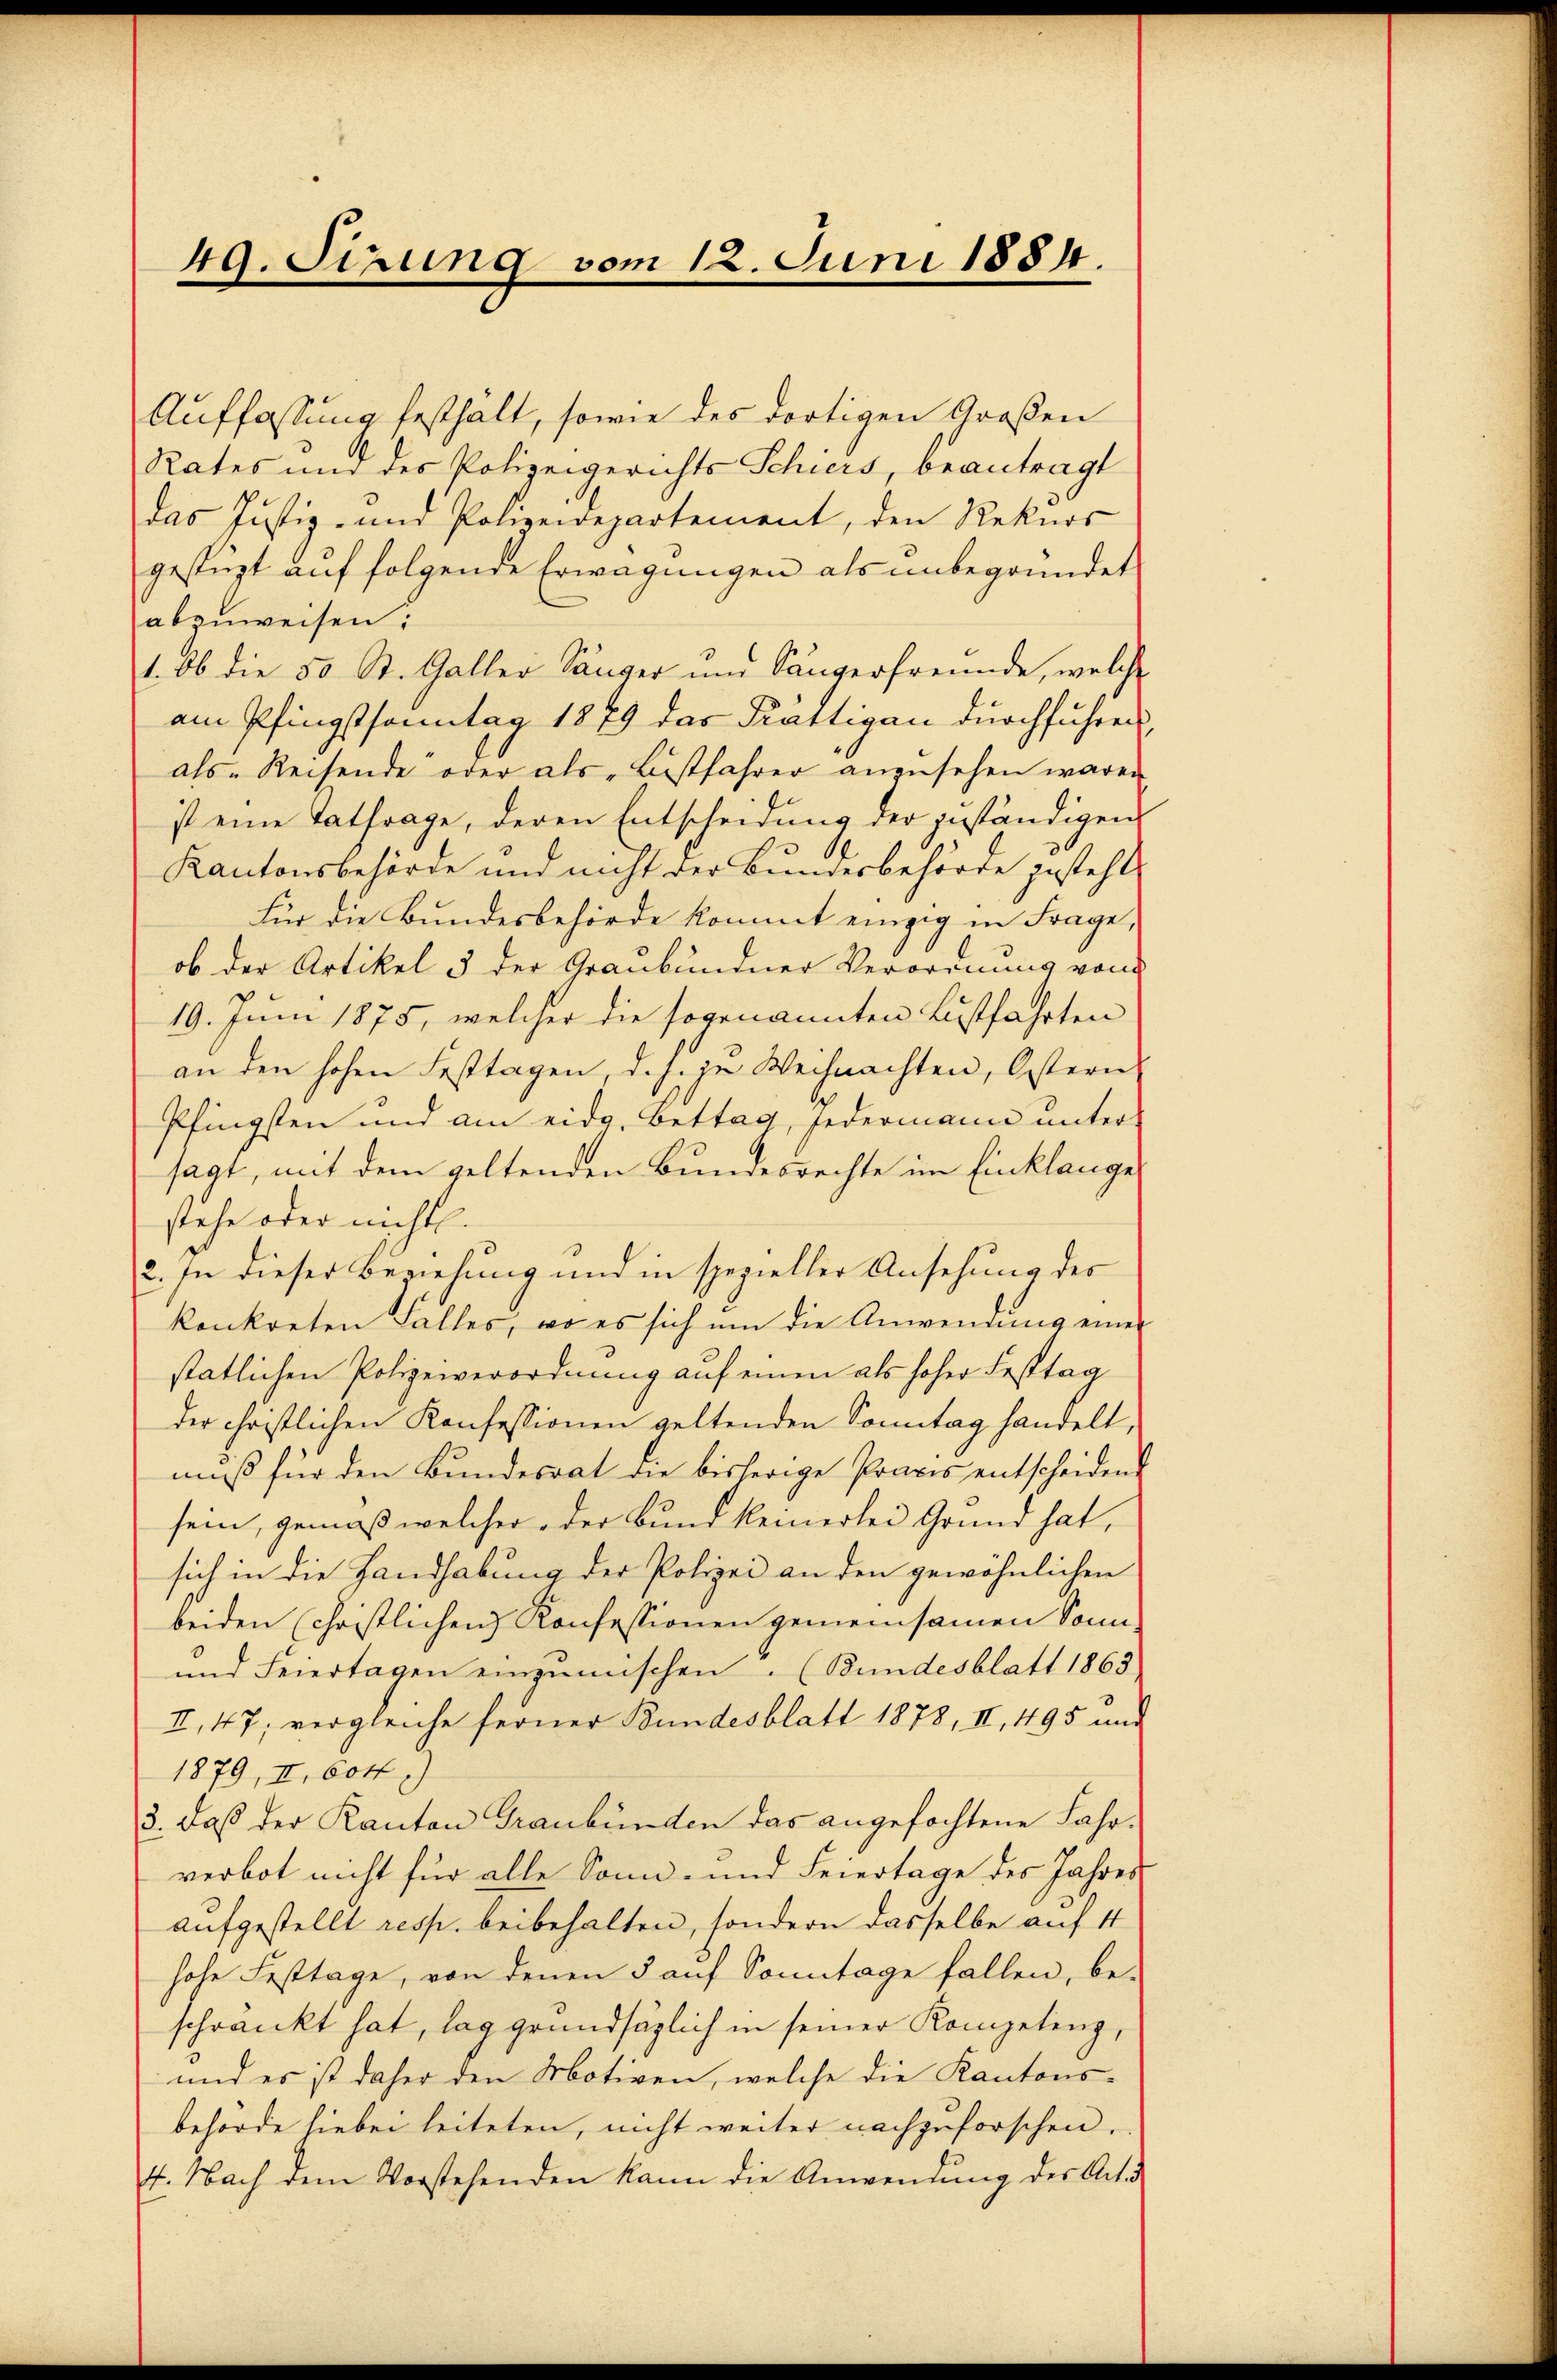
49. Sirung vom 12. Juni 1884.

Auffassung festhält, sowie des dortigen Großen
Rates und des Polizeigerichts Schiers, beantragt
das Justiz- und Polizeidepartement, den Rekurs
gestüzt auf folgende Erwägungen als unbegründet
abzuweisen.
1. Ob die 50 St. Galler Sänger und Sängerfreunde, welche
am Pfingstsonntag 1879 das Krattigau durchführen,
als Reisende oder als Bistfahrer anzŭsehen waren
ist eine Tatfrage, deren Entscheidung der zuständigens
Kantonsbehörde und nicht der Bundesbehörde gesteht.
Für die Bundesbehörde kommt einzig in Frage,
ob der Artikel 5 der Graubündner Verordnung von
19. Juni 1875, welcher die sogenannten Lustfahrten
an den hohen Festtagen, d. h. je Weihnachten, Ostern
Pfingsten und am eidg. Bettag, jedermann unter-
sagt, mit dem geltenden Bundesrechte im Einklange
stehe oder nichtl.
2. In dieser Beziehung und in spezieller Ansehung des
konkreten Falles, wo es sich um die Anwendung einer
stätlichen Polizeiverordnung auf einen als hoher Festtag
der christlichen Konfessionen geltenden Sonntag handelt,
muß für den Bundesrat die bisherige Praxis entscheidend
sein, gemäß welcher der Bund keinerlei Grund hat,
sich in die Handhabung der Polizei an den gewöhnlichen
beiden christlichen) Konfessionen gemeinsamen Sonn-
und Feiertagen einzŭmischen. (Bundesblatt 1863.
II., 47; vergleiche ferner Bundesblatt 1878, II, 495 und
1879, II. 604
3. daß der Kanton Graubünden das angefochtene Fahrverbot nicht für alle Sonn- und Feiertage des Jahres
aufgestellt resp. beibehalten, sondern dasselbe auf 4
hohe Festtage, von denen 5 auf Sonntage fallen, be-
schränkt hat, lag grundsätzlich in seiner Kompetenz,
und es ist daher den Motiven, welche die Kantons-
behörde hiebei leiteten, nicht weiter nachzuforschen.
4. Nach dem Vorstehenden kann die Anwendung der Art d